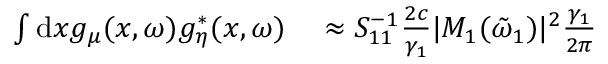
\begin{array} { r l } { \int \mathrm { d } x g _ { \mu } ( x , \omega ) g _ { \eta } ^ { * } ( x , \omega ) } & { { } \approx S _ { 1 1 } ^ { - 1 } \frac { 2 c } { \gamma _ { 1 } } | M _ { 1 } ( \tilde { \omega } _ { 1 } ) | ^ { 2 } \frac { \gamma _ { 1 } } { 2 \pi } } \end{array}